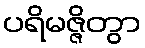
ပရိမဇ္ဇိတွာ